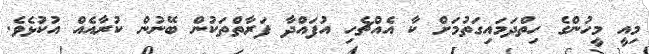
މިއީ މީހުންގެ ހިތްދަމައިގަތުމަށް ކާ އެއްޗެހި އުފައްދާ ފަރާތްތަކުން ބޭނުން ކުރާއެއް އުކުޅެވެ.